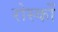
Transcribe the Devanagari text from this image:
रोस्कों